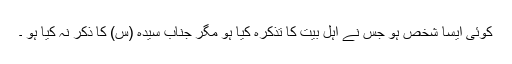
کوئی ایسا شخص ہو جس نے اہل بیت کا تذکرہ کیا ہو مگر جناب سیدہ (س) کا ذکر نہ کیا ہو ۔